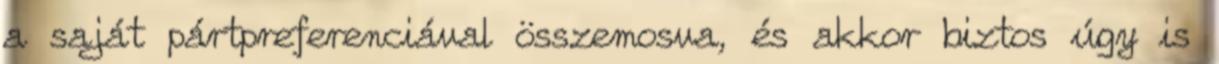
a saját pártpreferenciával összemosva, és akkor biztos úgy is